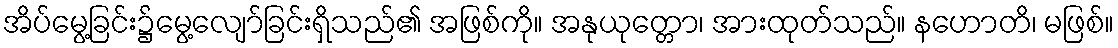
အိပ်မွေ့ခြင်း၌မွေ့လျော်ခြင်းရှိသည်၏ အဖြစ်ကို။ အနုယုတ္တော၊ အားထုတ်သည်။ နဟောတိ၊ မဖြစ်။